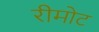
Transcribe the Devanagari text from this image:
रीमोट